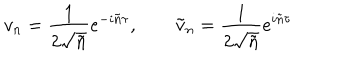
v _ { n } = \frac { 1 } { 2 \sqrt { \tilde { n } } } e ^ { - i \tilde { n } \tau } , \qquad \tilde { v } _ { n } = \frac { 1 } { 2 \sqrt { \tilde { n } } } e ^ { i \tilde { n } \tau }